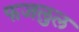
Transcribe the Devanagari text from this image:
फजलुल